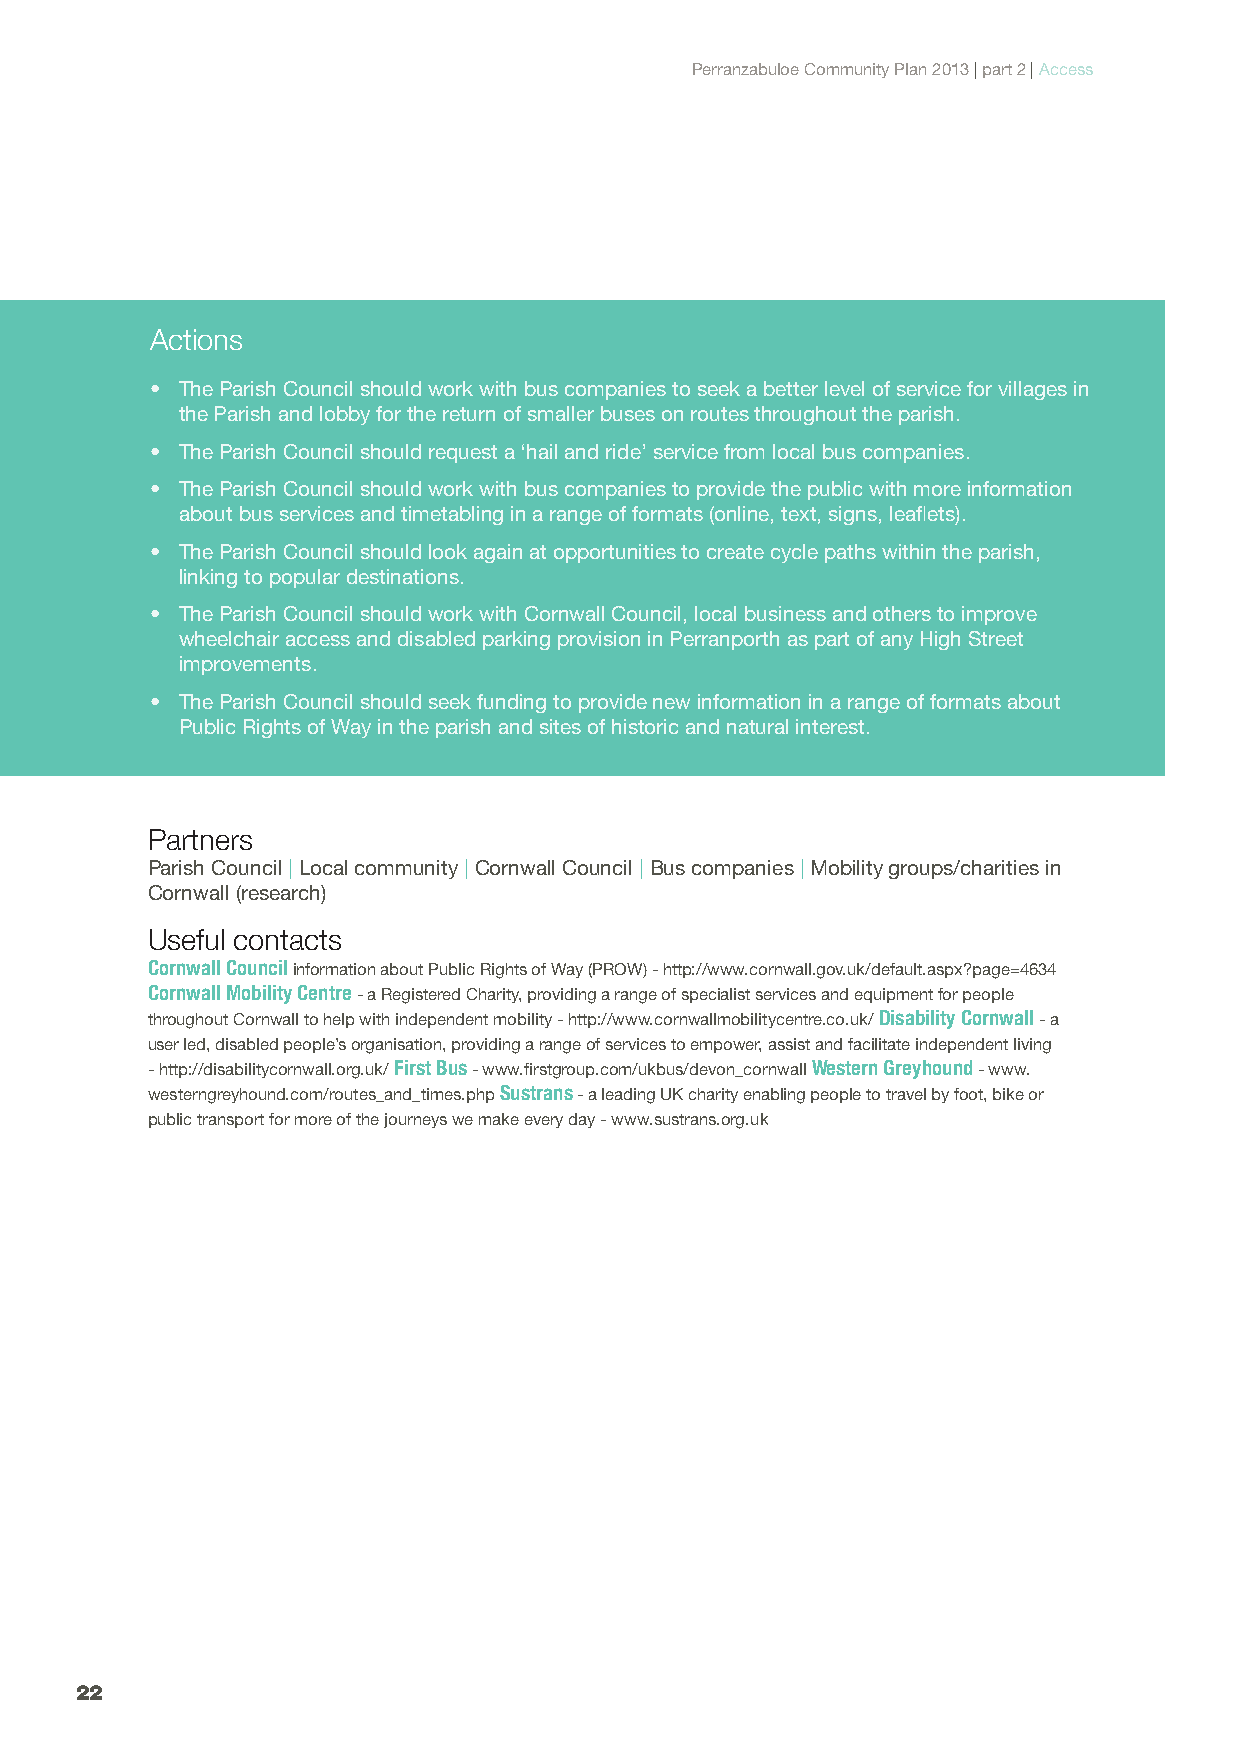
Perranzabuloe Community Plan 2013 | part 2 | Access
 Actions
 • The Parish Council should work with bus companies to seek a better level of service for villages in
 the Parish and lobby for the return of smaller buses on routes throughout the parish.
 • The Parish Council should request a ‘hail and ride’ service from local bus companies.
 • The Parish Council should work with bus companies to provide the public with more information
 about bus services and timetabling in a range of formats (online, text, signs, leaflets).
 • The Parish Council should look again at opportunities to create cycle paths within the parish,
 linking to popular destinations.
 • The Parish Council should work with Cornwall Council, local business and others to improve
 wheelchair access and disabled parking provision in Perranporth as part of any High Street
 improvements.
 • The Parish Council should seek funding to provide new information in a range of formats about
 Public Rights of Way in the parish and sites of historic and natural interest.
 Partners
 Parish Council | Local community | Cornwall Council | Bus companies | Mobility groups/charities in
 Cornwall (research)
 Useful contacts
 Cornwall Council information about Public Rights of Way (PROW) - http://www.cornwall.gov.uk/default.aspx?page=4634
 Cornwall Mobility Centre - a Registered Charity, providing a range of specialist services and equipment for people
 throughout Cornwall to help with independent mobility - http://www.cornwallmobilitycentre.co.uk/ Disability Cornwall - a
 user led, disabled people’s organisation, providing a range of services to empower, assist and facilitate independent living
 - http://disabilitycornwall.org.uk/ First Bus - www.firstgroup.com/ukbus/devon_cornwall Western Greyhound - www.
 westerngreyhound.com/routes_and_times.php Sustrans - a leading UK charity enabling people to travel by foot, bike or
 public transport for more of the journeys we make every day - www.sustrans.org.uk
 22